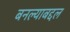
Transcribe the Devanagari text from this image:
बनल्याबद्दल